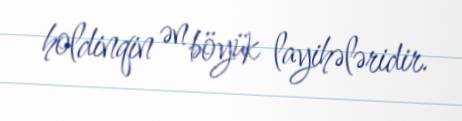
holdinqin ən böyük layihələridir.